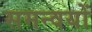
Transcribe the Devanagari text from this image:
समन्वयों